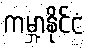
ကမ္ဘာ့နိုင်ငံ